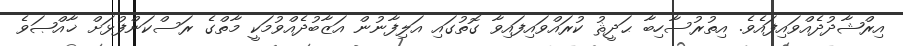
އިރްޝާދުދެއްވައިފައެވެ. އިތުރުސާހިބާ ޙަދީޘު ކުރައްވައިފައިވާ ގޮތުގައި އަލިފާނުން އަޒާބުދެއްވުމަކީ މާތްގެ ރަސްކަންފުޅަށް ޚާއްޞަވެ